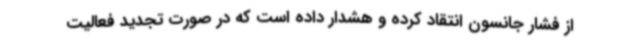
از فشار جانسون انتقاد کرده و هشدار داده است که در صورت تجدید فعالیت